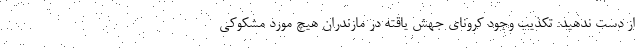
از دست ندهید: تکذیب وجود کرونای جهش یاقته در مازندران هیچ مورد مشکوکی